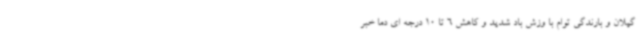
گیلان و بارندگی توام با وزش باد شدید و کاهش 6 تا 10 درجه ای دما خبر